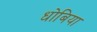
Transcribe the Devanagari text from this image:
धोबिया